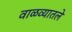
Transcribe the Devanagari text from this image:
वाळव्यातले